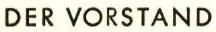
DER VORSTAND